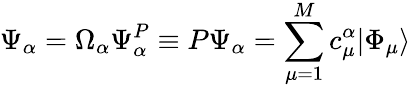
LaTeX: \Psi_{\alpha}=\Omega_{\alpha}\Psi_{\alpha}^{P}\equiv P\Psi_{\alpha}=\sum_{\mu=1}^{M}c_{\mu}^{\alpha}|\Phi_{\mu}\rangle